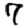
Digit: 7